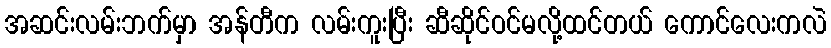
အဆင်းလမ်းဘက်မှာ အန်တီက လမ်းကူးပြီး ဆီဆိုင်ဝင်မလို့ထင်တယ် ကောင်လေးကလဲ